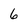
Character: 6